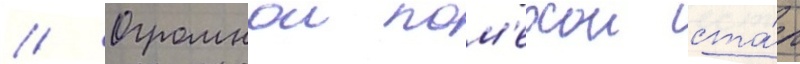
// Огромнои пом'ехои ста́л